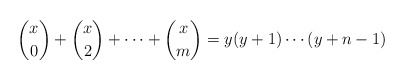
\begin{align*}{x \choose 0}+{x \choose 2}+\cdots+{x \choose m}=y(y+1)\cdots(y+n-1)\end{align*}